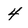
Character: 4